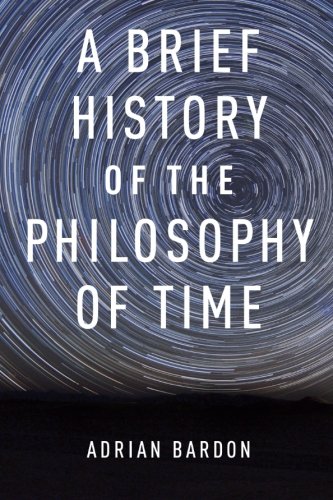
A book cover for A Brief History of the Philosophy of Time; Adrian Bardon; Science & Math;